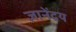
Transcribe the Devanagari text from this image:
ज्ञानेंद्रय